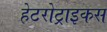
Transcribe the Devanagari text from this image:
हेटरोट्राइकस